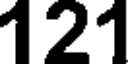
121